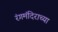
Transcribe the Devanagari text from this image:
रंगमंदिराच्या